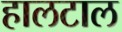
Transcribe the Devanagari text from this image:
हालटाल